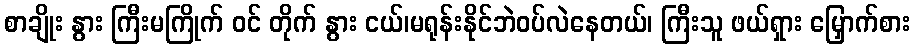
စာချိုး နွား ကြီးမကြိုက် ဝင် တိုက် နွား ငယ်၊မရုန်းနိုင်ဘဲဝပ်လဲနေတယ်၊ ကြီးသူ ဖယ်ရှား မြှောက်စား